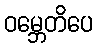
ဝမ္ဘေတိပေ